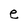
Character: e